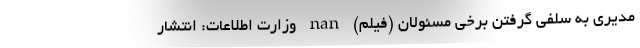
مدیری به سلفی گرفتن برخی مسئولان (فیلم) nan وزارت اطلاعات: انتشار